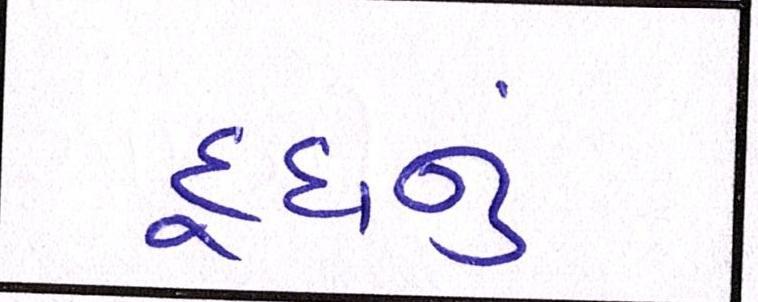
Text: દૂધનું